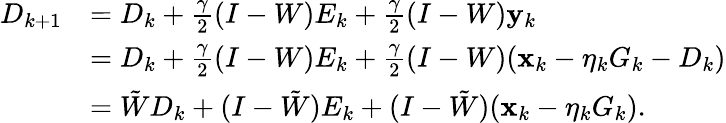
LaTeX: \begin{array}{rl}{{D}_{k+1}}&{={D}_{k}+\frac{\gamma}{2}(I-W)E_{k}+\frac{\gamma}{2}(I-W)\mathbf{y}_{k}}\\ &{={D}_{k}+\frac{\gamma}{2}(I-W)E_{k}+\frac{\gamma}{2}(I-W)(\mathbf{x}_{k}-\eta_{k}G_{k}-{D}_{k})}\\ &{=\tilde{W}{D}_{k}+(I-\tilde{W})E_{k}+(I-\tilde{W})(\mathbf{x}_{k}-\eta_{k}G_{k}).}\end{array}